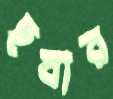
ছবার